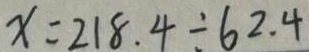
x = 2 1 8 . 4 \div 6 2 . 4